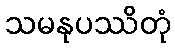
သမနုပဿိတုံ